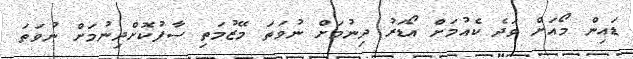
ޑައިން މޯއަށް ވަދެ ކެއުމަށް އޯޑަރު ދިނުމަށް ނުވަތަ މޭޒުމަތި ސާފުކޮށްދިނުމަށް ނުވަތަ